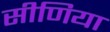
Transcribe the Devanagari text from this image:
सीणिया